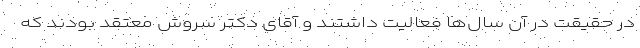
در حقیقت در آن سال‌ها فعالیت داشتند و آقای دکتر سروش معتقد بودند که